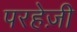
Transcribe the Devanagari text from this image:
परहेज़ी